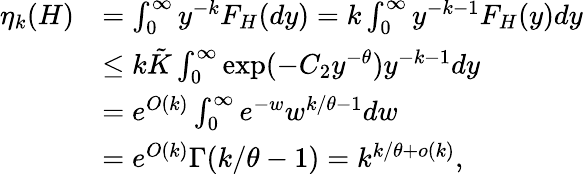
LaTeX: \begin{array}{rl}{\eta_{k}(H)}&{=\int_{0}^{\infty}y^{-k}F_{H}(dy)=k\int_{0}^{\infty}y^{-k-1}F_{H}(y)dy}\\ &{\leq k\tilde{K}\int_{0}^{\infty}\exp({-C_{2}}y^{-\theta})y^{-k-1}dy}\\ &{=e^{O(k)}\int_{0}^{\infty}e^{-w}w^{k/\theta-1}dw}\\ &{=e^{O(k)}\Gamma(k/\theta-1)=k^{k/\theta+o(k)},}\end{array}